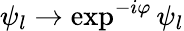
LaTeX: \psi_{l}\to\exp^{-i\varphi}\psi_{l}